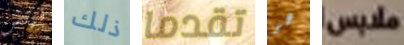
فينش ذلك تقدما هو ملابس